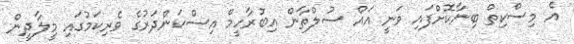
އެ މިސްކިތް ބިނާކޮށްފައި ވަނީ އައް ސުލްތާން އިބުރާހީމް އިސްކަންދަރުގެ ވެރިކަމުގައި މީލާދީން